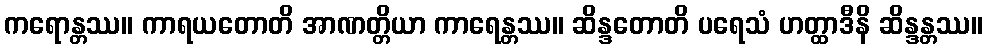
ကရောန္တဿ။ ကာရယတောတိ အာဏတ္တိယာ ကာရေန္တဿ။ ဆိန္ဒတောတိ ပရေသံ ဟတ္ထာဒီနိ ဆိန္ဒန္တဿ။